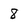
Character: 8